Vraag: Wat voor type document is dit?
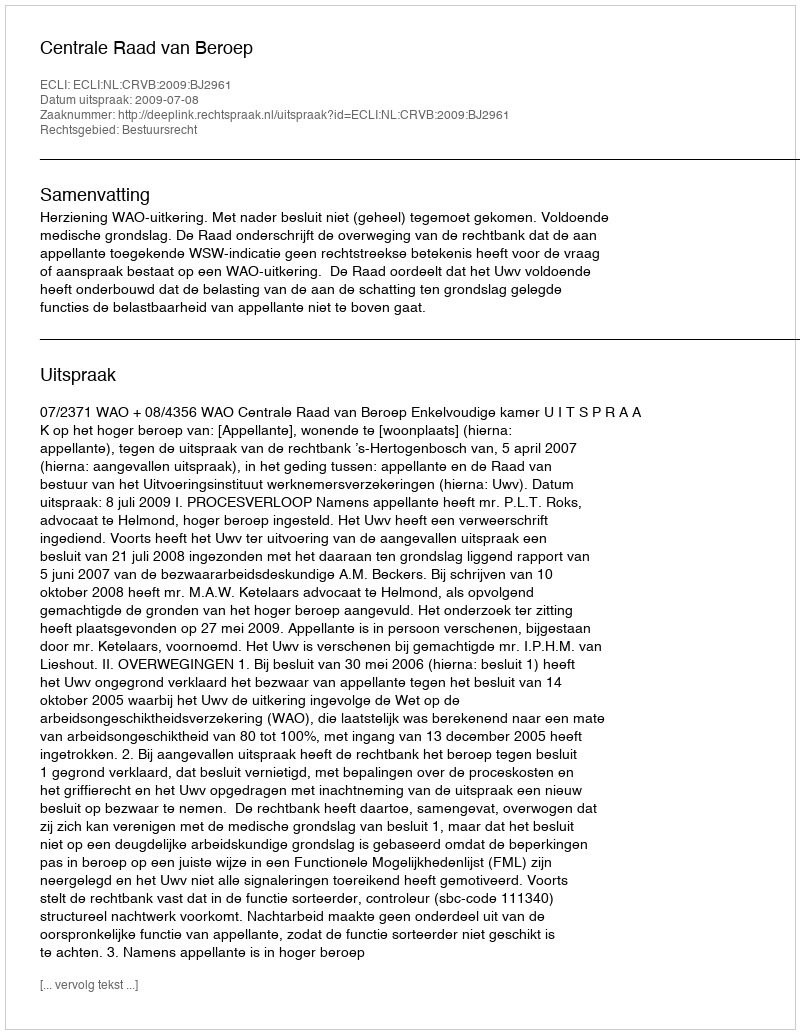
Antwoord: Uitspraak